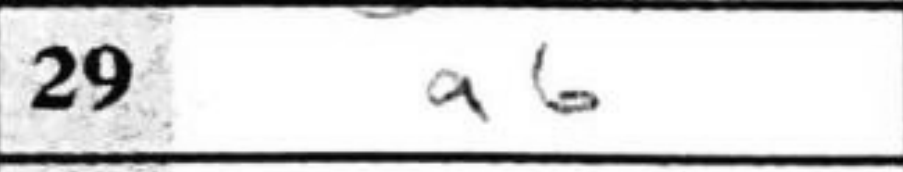
Transcription: a6